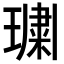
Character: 𭹲